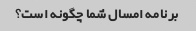
برنامه امسال شما چگونه است؟